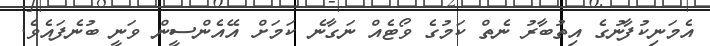
އެމަނިކުފާނުގެ އިތުބާރު ނެތް ކަމުގެ ވޯޓެއް ނަގާނެ ކަމަށް އޭއެންސީން ވަނީ ބުނެފައެވެ.